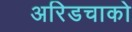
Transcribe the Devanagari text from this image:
अरिडचाको